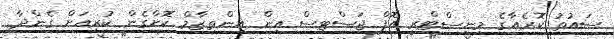
ސައުތު ކޮރެއާގެ މިނިސްޓްރީ އޮފް ޖަސްޓިސް އިން އިންތިޒާމް ކޮށްގެން ކުރިއަށް ގެންދާ